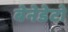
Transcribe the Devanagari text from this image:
बेनेडेटो